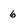
Character: 6